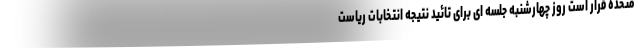
متحده قرار است روز چهارشنبه جلسه ای برای تائید نتیجه انتخابات ریاست